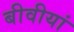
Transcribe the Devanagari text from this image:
बीवीयां